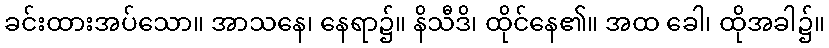
ခင်းထားအပ်သော။ အာသနေ၊ နေရာ၌။ နိသီဒိ၊ ထိုင်နေ၏။ အထ ခေါ၊ ထိုအခါ၌။